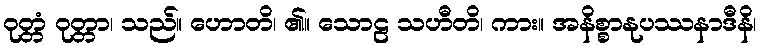
ဝုတ္တံ ဝုတ္တာ၊ သည်။ ဟောတိ၊ ၏။ သောဠ သဟီတိ၊ ကား။ အနိစ္စာနုပဿနာဒီနိ၊